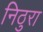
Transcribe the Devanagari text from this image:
निठुरा